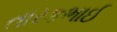
તારકભાઈ